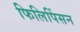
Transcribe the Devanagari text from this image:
फिलिपिंसन